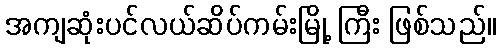
အကျဆုံးပင်လယ်ဆိပ်ကမ်းမြို့ ကြီး ဖြစ်သည်။